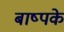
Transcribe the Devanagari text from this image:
बाष्पके